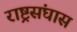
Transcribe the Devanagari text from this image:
राष्ट्रसंघास